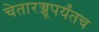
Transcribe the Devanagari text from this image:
चेतारज्जूपर्यंतच